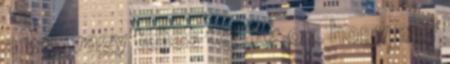
a vaj, vagy teljes tej. Az ok, hogy egy